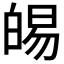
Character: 𭽛